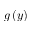
g \left( y \right)